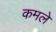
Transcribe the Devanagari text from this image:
कमले